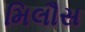
મિલૌસ